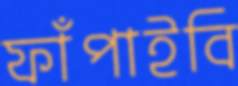
ফাঁপাইবি